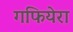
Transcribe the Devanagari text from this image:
गफियेरा